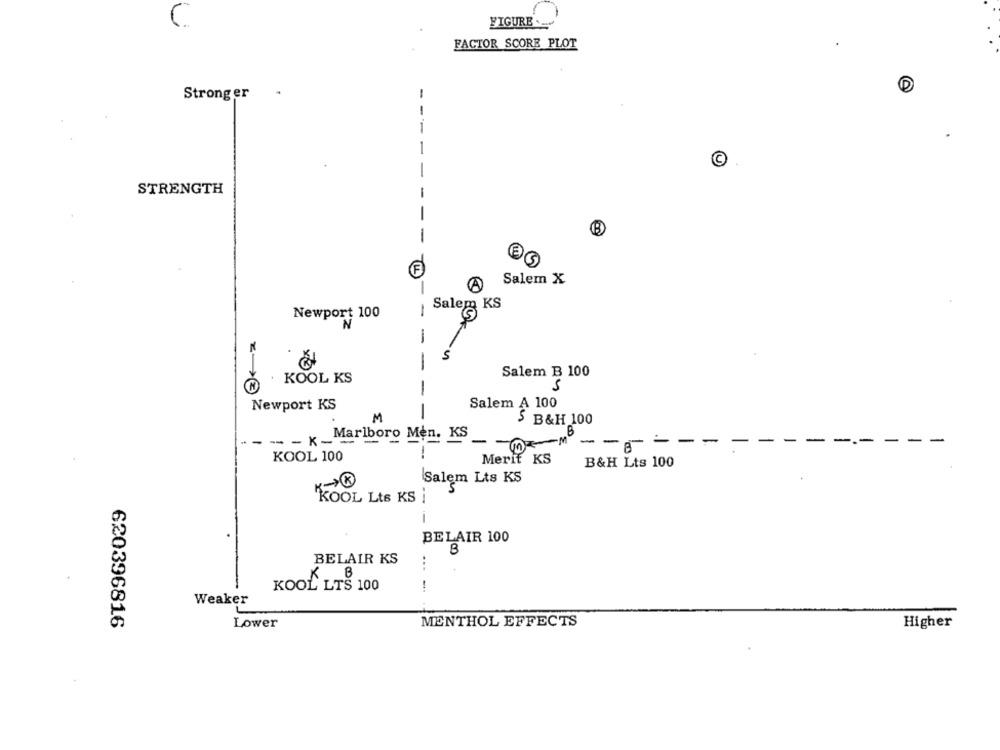
FIGURE .-
FACTOR SCORE PLOT
Stronger
-
-
1
-
C
-
STRENGTH
-
-
B
-
Salem X
Salem KS
Newport 100
-
N
-
5
Salem B 100
KOOL KS
5
-
Salem A 100
Newport KS
M
5 B&H 100
Marlboro Men. KS
--------
K
-
-M
-
-
-
-
KOOL 100
Merit KS
B&H Lts 100
Salem Lts KS
M
KOOL Lts KS
BELAIR 100
B
BELAIR KS
...
KOOL LTS 100
Weaker
620396816
MENTHOL EFFECTS
Lower
Higher